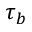
\tau _ { b }